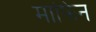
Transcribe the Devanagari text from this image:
माफिन